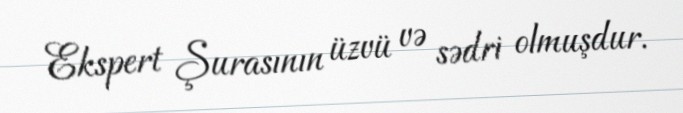
Ekspert Şurasının üzvü və sədri olmuşdur.